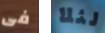
فى لئلا